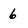
Character: 6